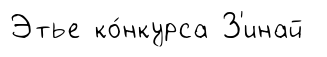
Этье ко́нкурса З'инай